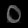
Digit: ၀